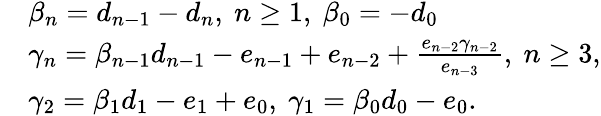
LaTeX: \begin{array}{rl}&{\beta_{n}=d_{n-1}-d_{n},~n\geq 1,~\beta_{0}=-d_{0}}\\ &{\gamma_{n}=\beta_{n-1}d_{n-1}-e_{n-1}+e_{n-2}+\frac{e_{n-2}\gamma_{n-2}}{e_{n-3}},~n\geq 3,}\\ &{\gamma_{2}=\beta_{1}d_{1}-e_{1}+e_{0},~\gamma_{1}=\beta_{0}d_{0}-e_{0}.}\end{array}